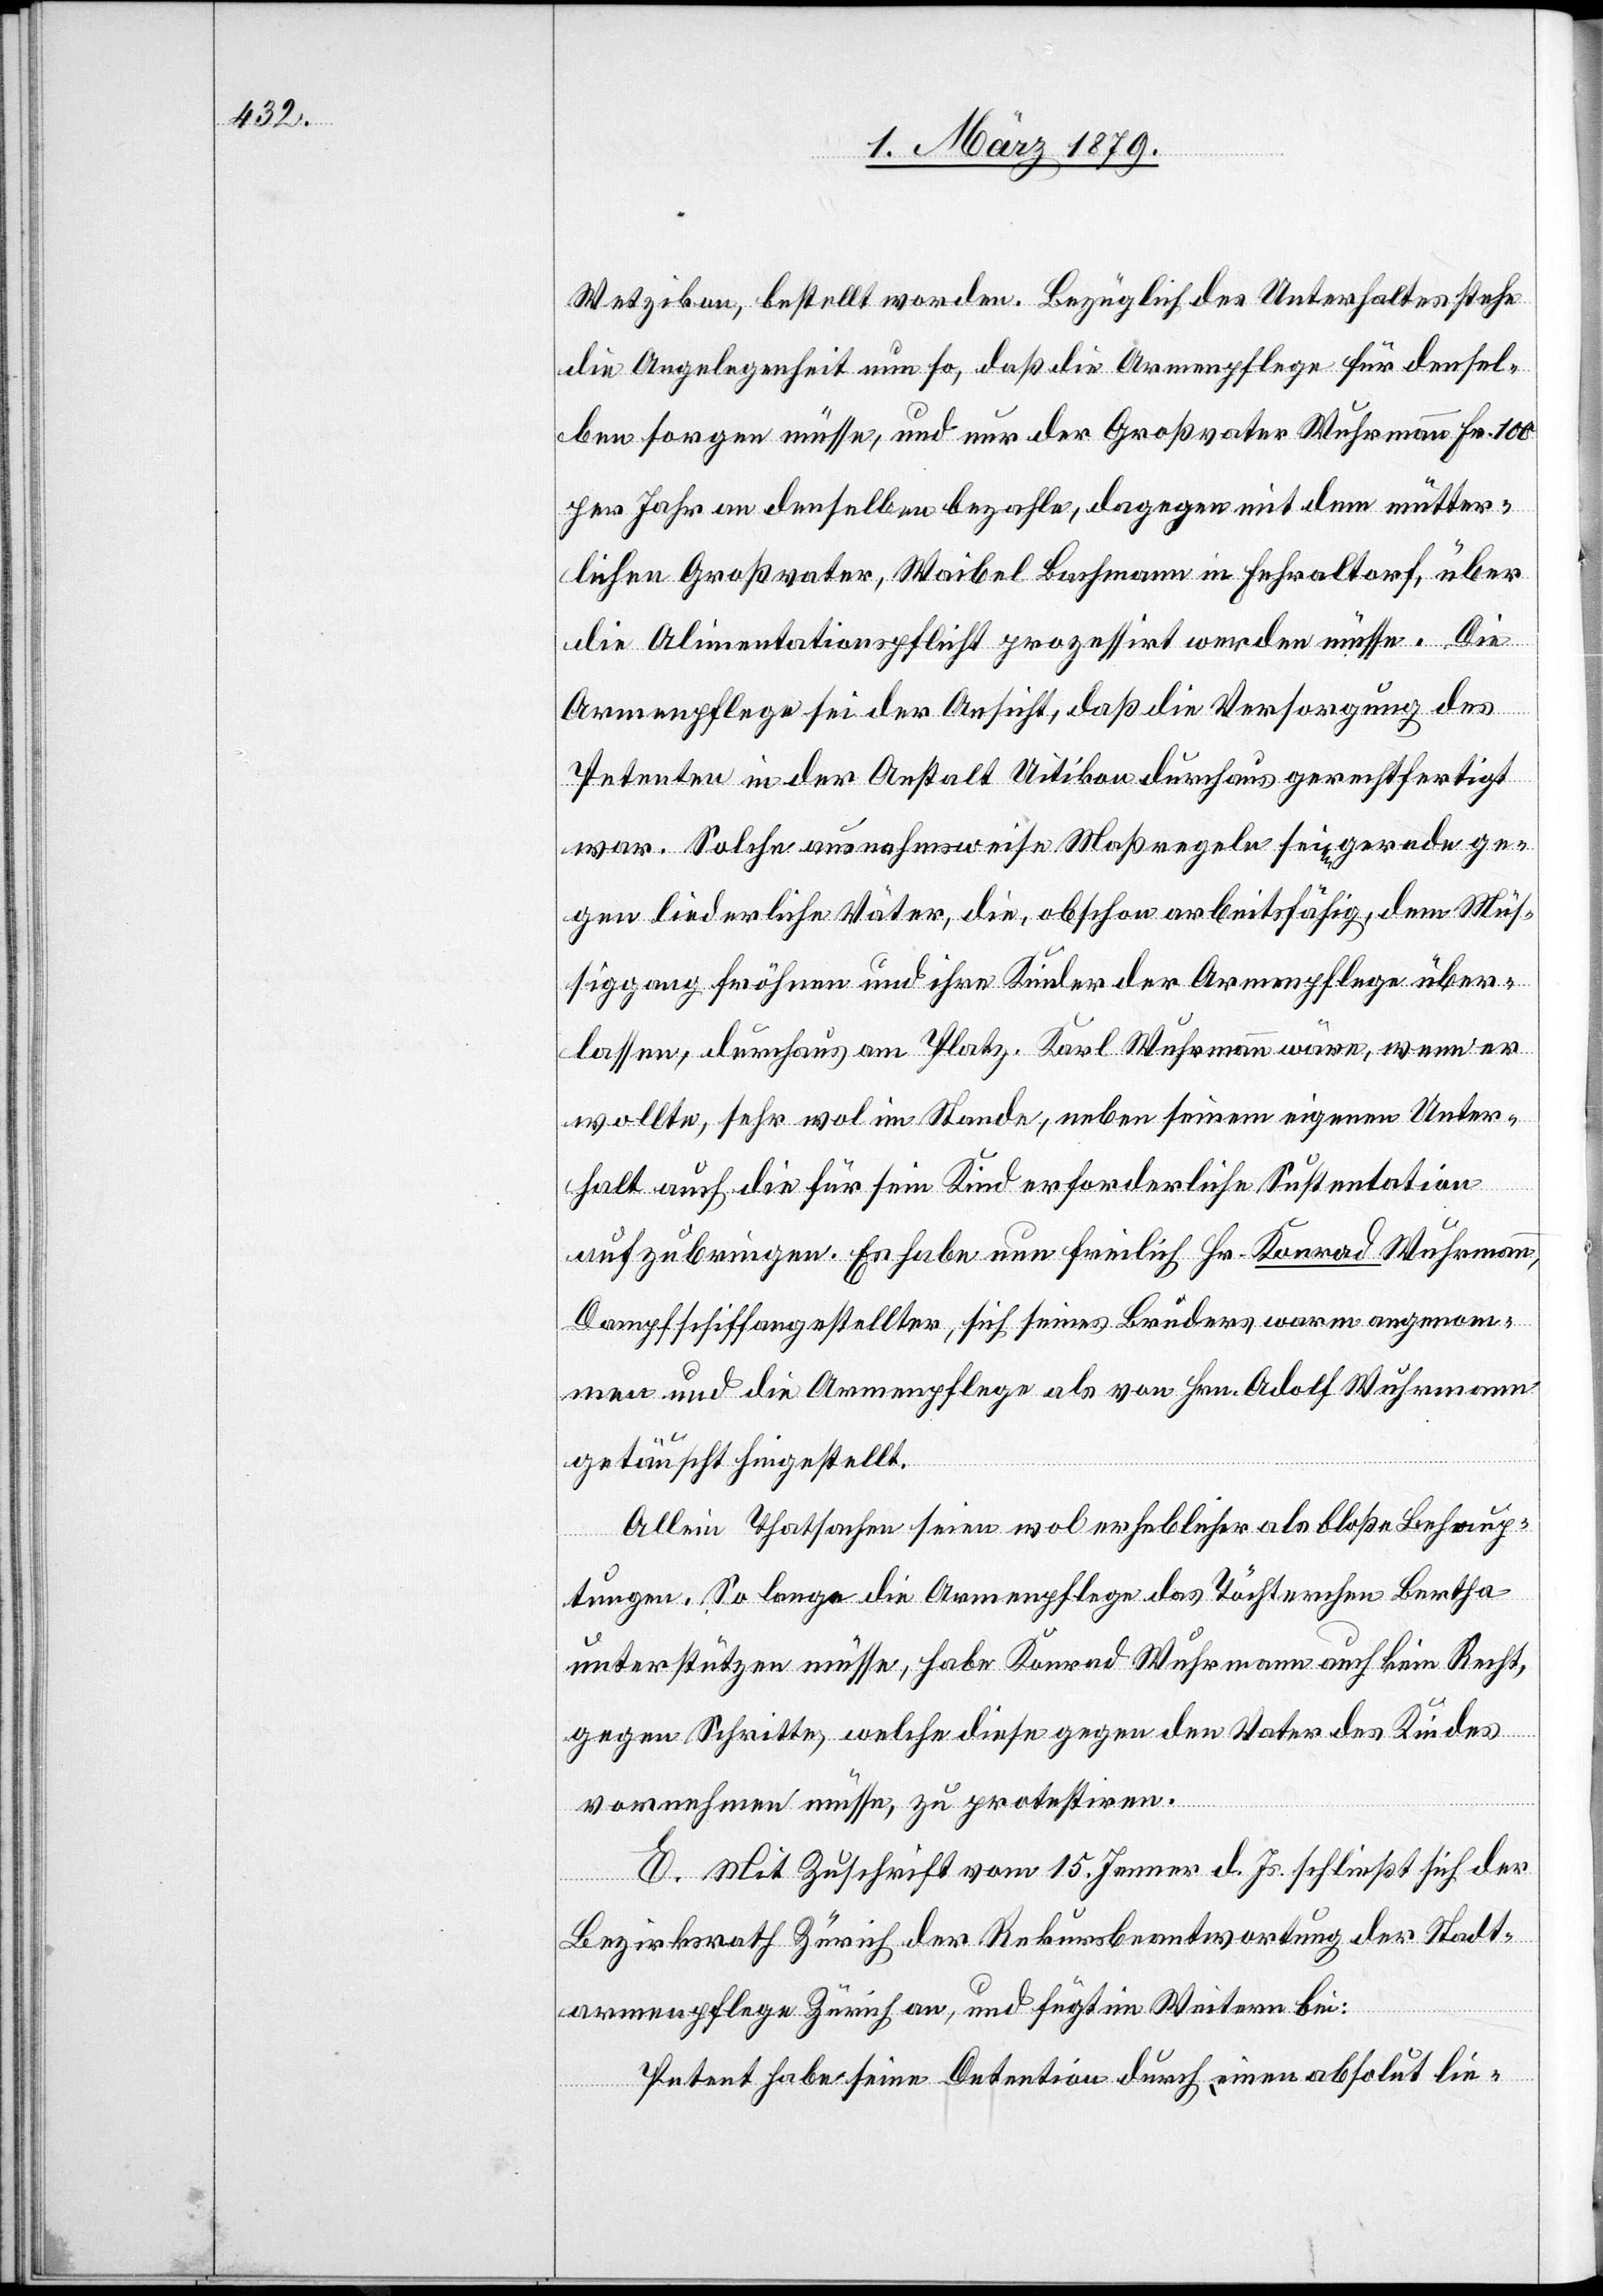
Wetzikon, bestellt worden. Bezüglich des Unterhaltes stehe
die Angelegenheit nun so, daß die Armenpflege für densel¬
ben sorgen müsse, und nur der Großvater Wuhrmann Fr. 100
per Jahr an denselben bezahle, dagegen mit dem mütter¬
lichen Großvater, Waibel Bachmann in Fehraltorf, über
die Alimentationspflicht prozessirt werden müsse. Die
Armenpflege sei der Ansicht, daß die Versorgung des
Petenten in der Anstalt Uitikon durchaus gerechtfertigt
war. Solche ausnahmsweise Maßregeln seien gerade ge¬
gen liederliche Väter, die, obschon arbeitsfähig, dem Müß¬
iggang fröhnen und ihre Kinder der Armenpflege über¬
lassen, durchaus am Platz. Karl Wuhrmann wäre, wenn er
wollte, sehr wol im Stande, neben seinem eigenen Unter¬
halt auch die für sein Kind erforderliche Sustentation
aufzubringen. Es habe nun freilich Hr. Konrad [sic!]
Dampfschiffangestellter, sich seines Bruders warm angenom¬
men und die Armenpflege als von Hrn. Adolf Wuhrmann
getäuscht hingestellt.
Allein Thatsachen seien wol erheblicher als bloße Behaup¬
tungen. So lange die Armenpflege das Töchterchen Bertha
unterstützen müsse, habe Konrad Wuhrmann auch kein Recht,
gegen Schritte, welche diese gegen den Vater des Kindes
vornehmen müsse, zu protestiren.
E. Mit Zuschrift vom 15. Jenner d. Js. schließt sich der
Bezirksrath Zürich der Rekursbeantwortung der Stadt¬
armenpflege Zürich an, und fügt im Weitern bei:
Petent habe seine Detention durch einen absolut lie-